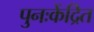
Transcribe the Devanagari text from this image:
पुनःकेंद्रित